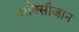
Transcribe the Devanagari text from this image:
आँक्सीजान